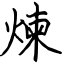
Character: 煉